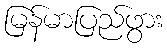
မြန်မာပြည်ဖွား